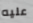
عليه